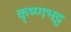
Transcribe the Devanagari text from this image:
कृष्णभट्ट